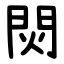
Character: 焛